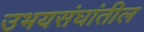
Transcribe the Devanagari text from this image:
उभयसंघांतील